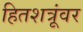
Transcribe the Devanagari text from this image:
हितशत्रूंवर